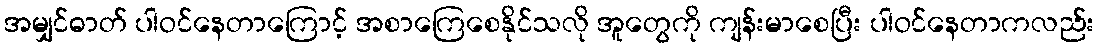
အမျှင်ဓာတ် ပါဝင်နေတာကြောင့် အစာကြေစေနိုင်သလို အူတွေကို ကျန်းမာစေပြီး ပါဝင်နေတာကလည်း